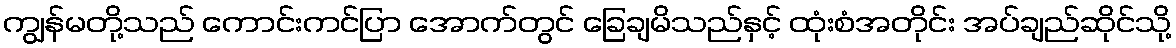
ကျွန်မတို့သည် ကောင်းကင်ပြာ အောက်တွင် ခြေချမိသည်နှင့် ထုံးစံအတိုင်း အပ်ချည်ဆိုင်သို့